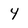
Character: 4